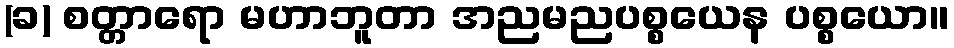
(ခ) စတ္တာရော မဟာဘူတာ အညမညပစ္စယေန ပစ္စယော။